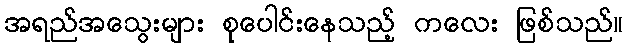
အရည်အသွေးများ စုပေါင်းနေသည့် ကလေး ဖြစ်သည်။